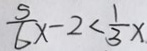
\frac { 5 } { 6 } x - 2 < \frac { 1 } { 3 } x .